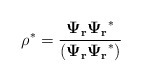
\begin{align*}\rho^* = \frac{\mathbf{{\Psi_r}}\mathbf{{\Psi_r}}^*}{(\mathbf{{\Psi_r}}\mathbf{{\Psi_r}}^*)}\end{align*}